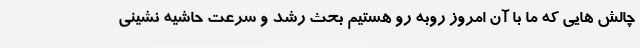
چالش هایی که ما با آن امروز روبه رو هستیم بحث رشد و سرعت حاشیه نشینی